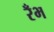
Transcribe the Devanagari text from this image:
रँभ